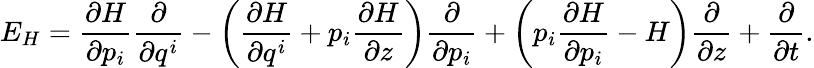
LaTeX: E_{H}=\frac{\partial H}{\partial p_{i}}\frac{\partial}{\partial q^{i}}-\left(\frac{\partial H}{\partial q^{i}}+p_{i}\frac{\partial H}{\partial z}\right)\frac{\partial}{\partial p_{i}}+\left(p_{i}\frac{\partial H}{\partial p_{i}}-H\right)\frac{\partial}{\partial z}+\frac{\partial}{\partial t}.